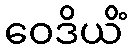
ဝေဒိယိံ